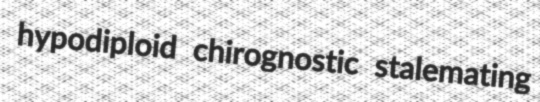
hypodiploid chirognostic stalemating